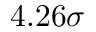
4 . 2 6 \sigma